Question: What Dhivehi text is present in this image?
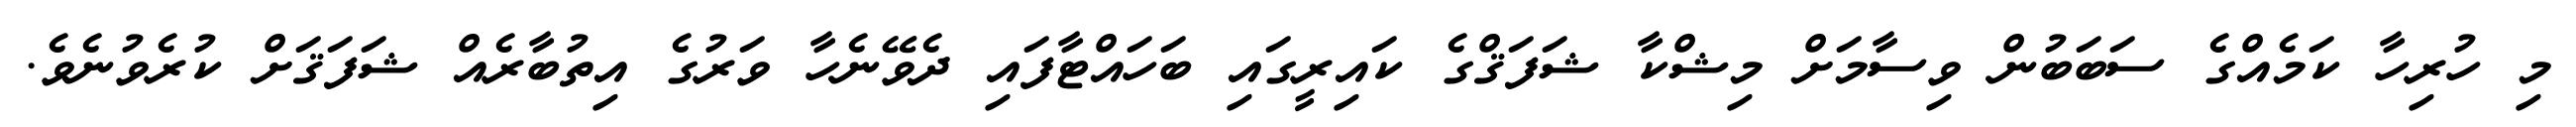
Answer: މި ހުރިހާ ކަމެއްގެ ސަބަބުން ވިސާމަށް މިޝްކާ ޝަފަޤްގެ ކައިރީގައި ބަހައްޓާފައި ދެވޭނެހާ ވަރުގެ އިތުބާރެއް ޝަފަޤަށް ކުރެވުނެވެ.